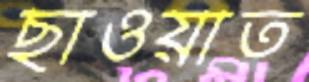
ছাওয়াত